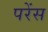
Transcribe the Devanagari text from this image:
परेंस